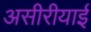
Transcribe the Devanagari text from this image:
असीरीयाई